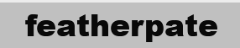
featherpate